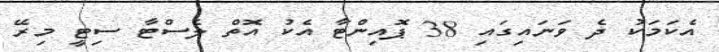
އެކަމަކު ދެ ވަނައިގައި 38 ޕޮއިންޓާ އެކު އޮތް ލެސްޓާ ސިޓީ މިރޭ